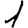
Digit: 1